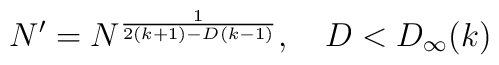
N^{\prime} = N^{\frac{1}{2(k+1)-D(k-1)}}, \quad D < D_{\infty}(k)